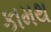
કામથ